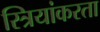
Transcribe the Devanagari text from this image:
स्त्रियांकरता